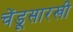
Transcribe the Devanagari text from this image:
चेंडूसारखी